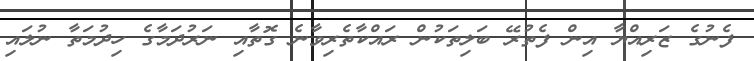
ފެނުގެ ޒަރިއްޔާ އިން ފެތުރޭ ބަލިތަކުން ރައްކާތެރިވާނެ ގޮތާއި ނަރުދަމާގެ ހިދުމަތާ ނުލައި